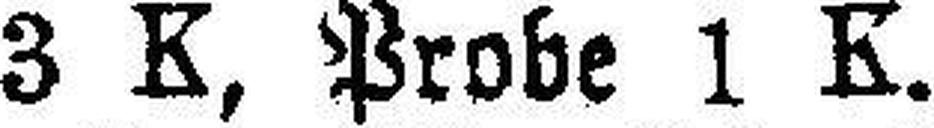
3 K, Probe 1 K.